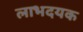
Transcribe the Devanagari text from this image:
लाभदयक